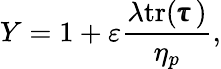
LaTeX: Y=1+\varepsilon\frac{\lambda\textnormal{tr}(\pmb{\uptau})}{\eta_{p}},